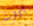
أكثرت